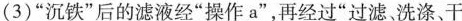
(3)”沉铁”后的滤液经”操作a”，再经过”过滤，洗涤、干